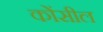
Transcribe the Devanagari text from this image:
कोंसील